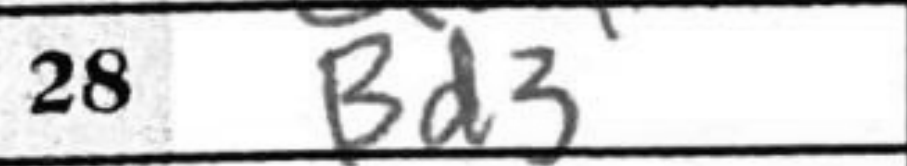
Transcription: Bd3